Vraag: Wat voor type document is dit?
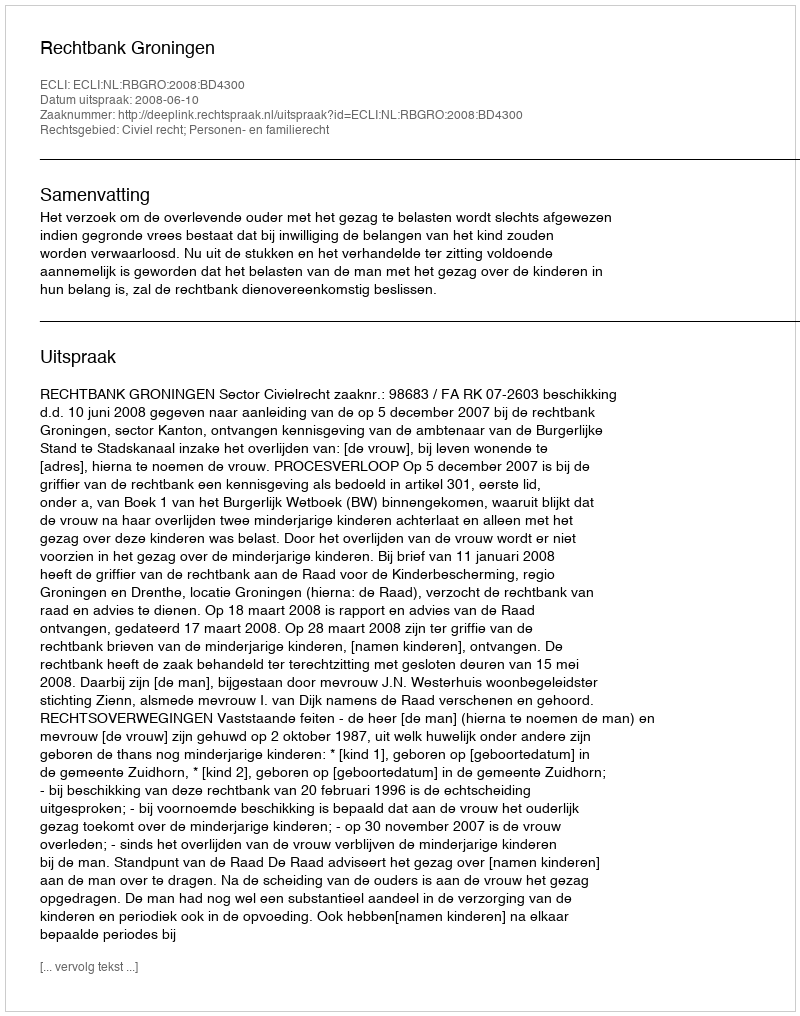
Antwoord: Uitspraak